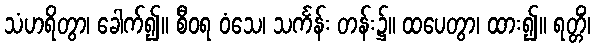
သံဟရိတွာ၊ ခေါက်၍။ စီဝရ ဝံသေ၊ သင်္ကန်း တန်း၌။ ထပေတွာ၊ ထား၍။ ရတ္တိံ၊